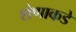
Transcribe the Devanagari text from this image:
शेणाकडे